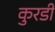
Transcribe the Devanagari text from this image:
कुरडी